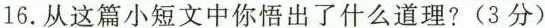
16.从这篇小短文中你悟出了什么道理?(3分)